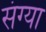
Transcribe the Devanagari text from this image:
संग्या